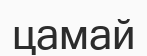
цамай